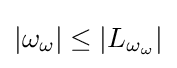
|\omega _{\omega }|\leq |L_{\omega _{\omega }}|